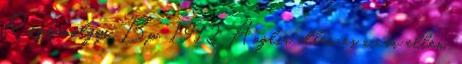
Rózsavölgyi, Bp., 1912 Anglia ellen és a cár ellen.